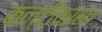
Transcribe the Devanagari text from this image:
कल्टीवर्स।